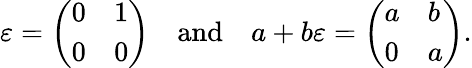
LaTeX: \varepsilon={\left(\begin{array}{ll}{0}&{1}\\ {0}&{0}\end{array}\right)}\quad{\mathrm{and}}\quad a+b\varepsilon={\left(\begin{array}{ll}{a}&{b}\\ {0}&{a}\end{array}\right)}.